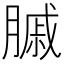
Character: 𦟠